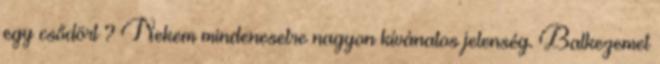
egy csődört ? Nekem mindenesetre nagyon kívánatos jelenség. Balkezemet